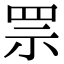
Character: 𦊎